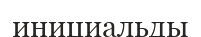
инициальды